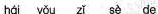
hái yǒu zǐ sè de